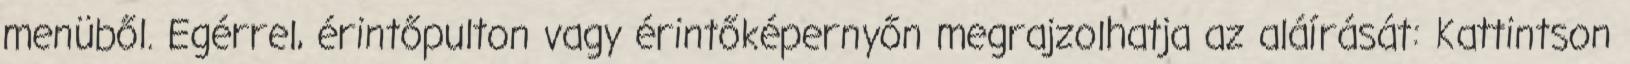
menüből. Egérrel, érintőpulton vagy érintőképernyőn megrajzolhatja az aláírását: Kattintson